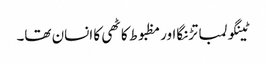
ٹینگولمبا تڑنگااور مظبوط کاٹھی کا انسان تھا۔